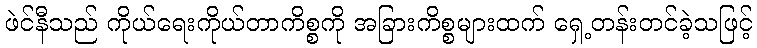
ဖဲင်နီသည် ကိုယ်ရေးကိုယ်တာကိစ္စကို အခြားကိစ္စများထက် ရှေ့တန်းတင်ခဲ့သဖြင့်